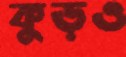
কুড়ও